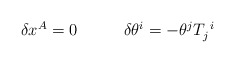
\begin{align*}\begin{array}{cc}\delta x^{A}=0~~~&~~~\delta\theta^{i}=-\theta^{j}T_{j}^{~i}\end{array}\end{align*}